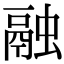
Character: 融